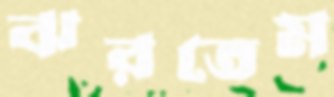
ঝরতেম